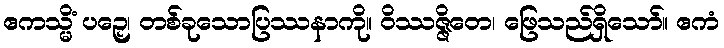
ဧကသ္မိံ ပဉှေ၊ တစ်ခုသောပြဿနာကို။ ဝိဿဇ္ဇိတေ၊ ဖြေသည်ရှိသော်။ ဧကံ